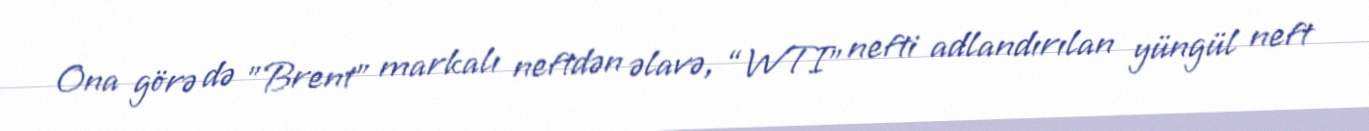
Ona görə də ”Brent" markalı neftdən əlavə, “WTI” nefti adlandırılan yüngül neft